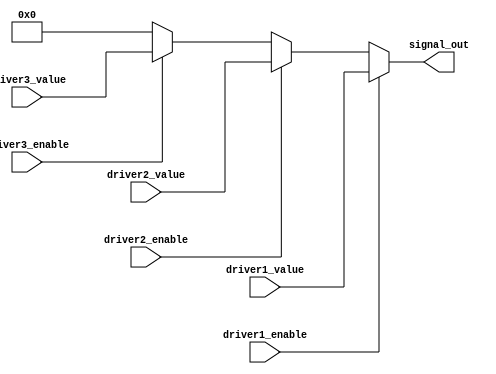
module MultipleDrivers (
    input wire driver1_enable,
    input wire driver2_enable,
    input wire driver3_enable,
    input wire [3:0] driver1_value, // 4-bit value from driver 1
    input wire [3:0] driver2_value, // 4-bit value from driver 2
    input wire [3:0] driver3_value, // 4-bit value from driver 3
    output reg [3:0] signal_out      // Output signal driven by multiple drivers
);

    // Default value for the output signal
    initial begin
        signal_out = 4'b0000; // Default state
    end

    // Continuous assignment with driver resolution logic
    always @(*) begin
        if (driver1_enable) begin
            signal_out = driver1_value; // Driver 1 has highest priority
        end else if (driver2_enable) begin
            signal_out = driver2_value; // Driver 2 has next priority
        end else if (driver3_enable) begin
            signal_out = driver3_value; // Driver 3 has lowest priority
        end else begin
            signal_out = 4'b0000; // No driver active, default state
        end
    end

endmodule